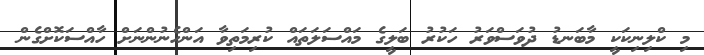
މި ކްލިނިކަކީ މާބަނޑު ދުވަސްވަރު ހަކުރު ބަލީގެ މައްސަލަތައް ކުރިމަތިވާ އަންހެނުންނަށް ހާއްސަކޮށްގެން